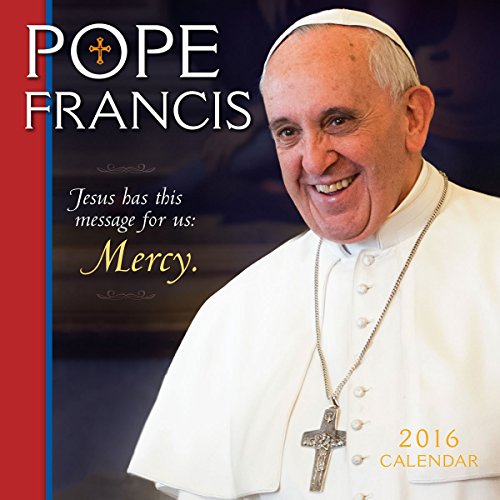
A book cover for Pope Francis 2016 Wall Calendar; Getty Images; Calendars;